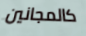
كالمجانين